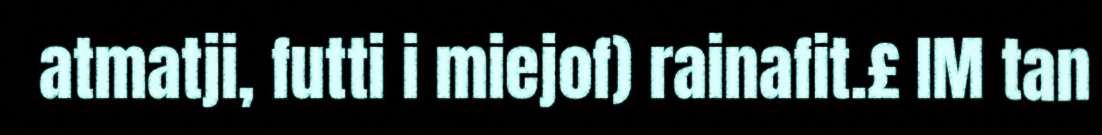
atmatji, futti i miejof) rainafit.£ IM tan